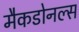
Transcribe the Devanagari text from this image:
मैकडोनल्स